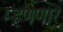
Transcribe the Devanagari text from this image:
म्हणणारे